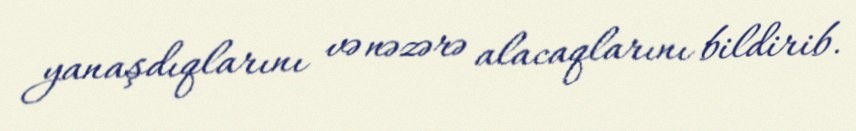
yanaşdıqlarını və nəzərə alacaqlarını bildirib.